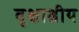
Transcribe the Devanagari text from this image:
वृक्षाश्रीय